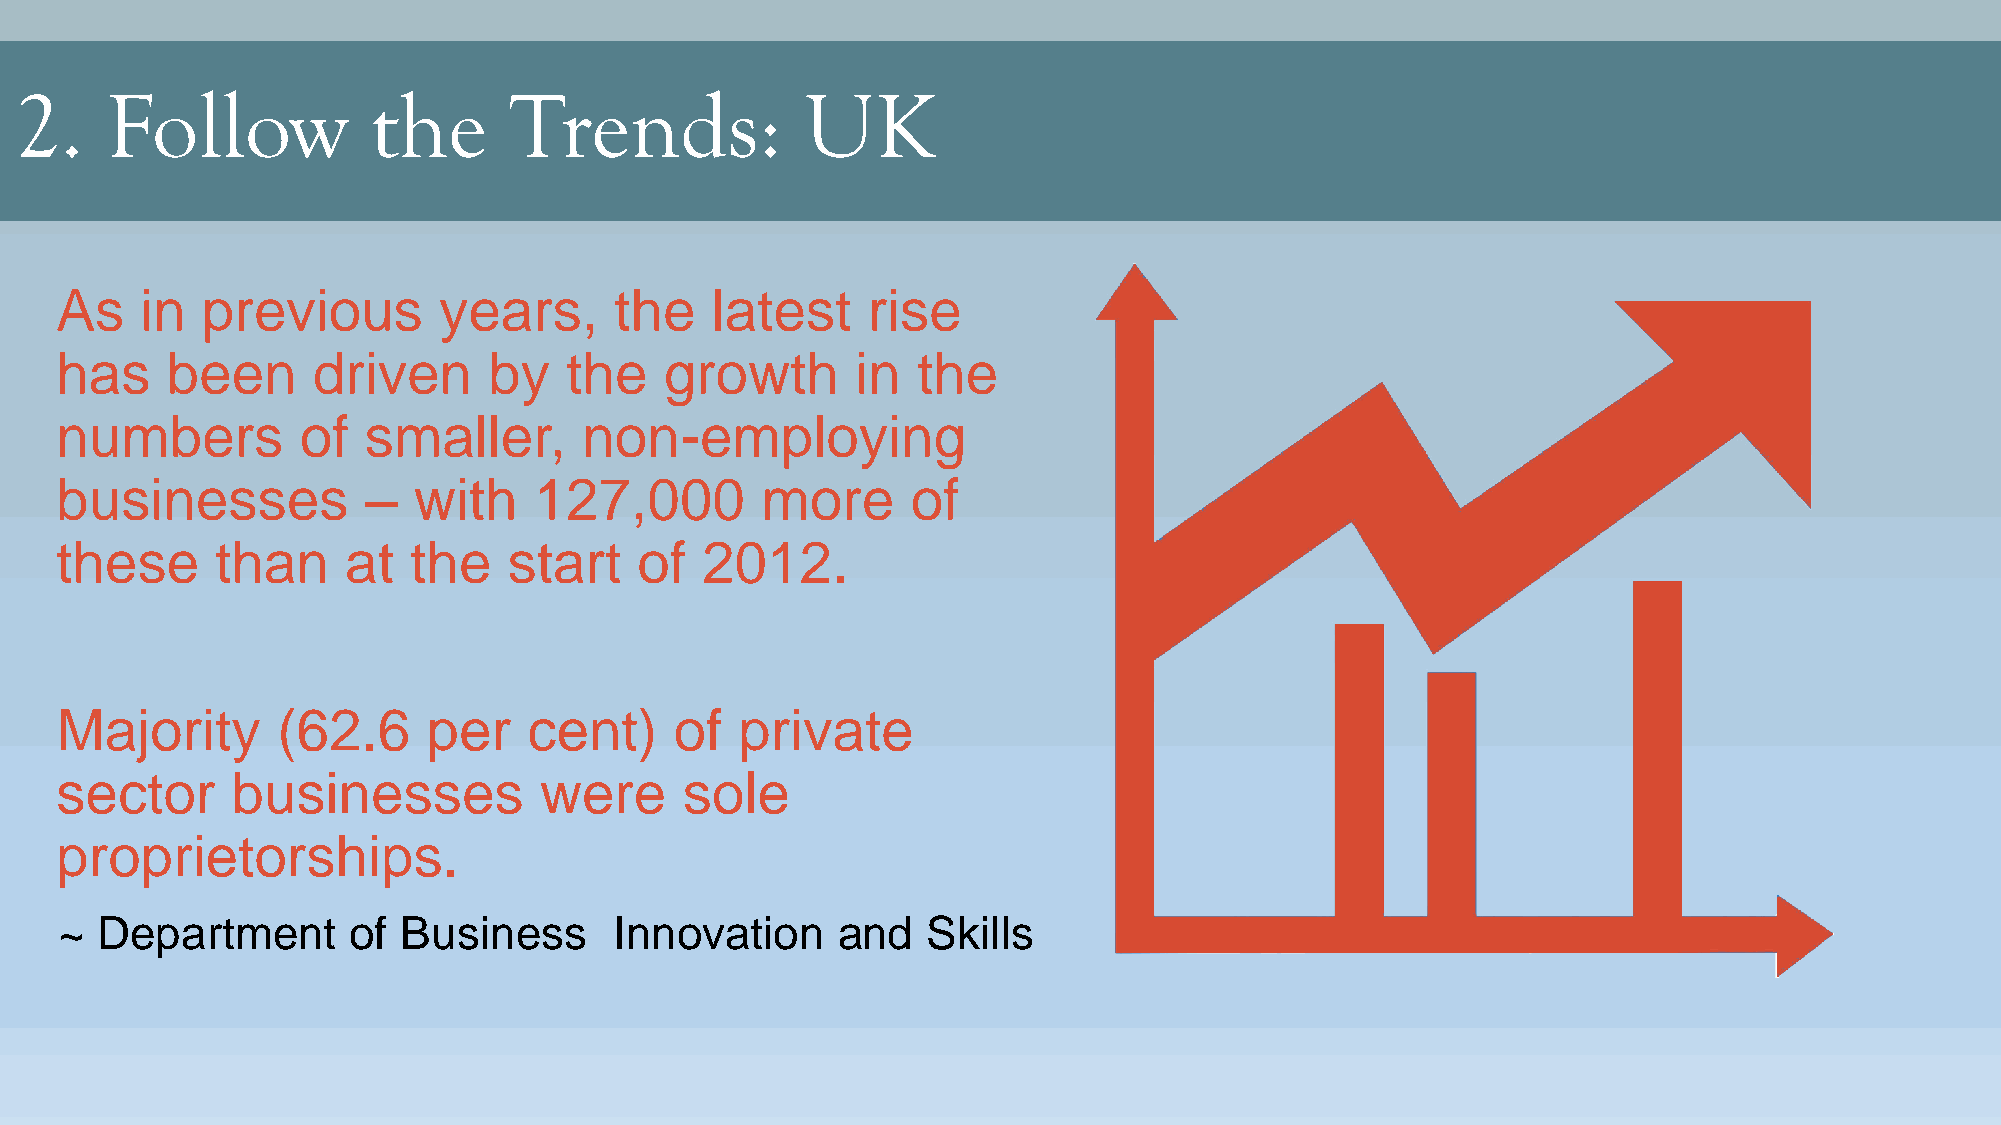
2.    Follow            the      Trends:            UK
 As   in  previous        years,      the   latest    rise
 has    been      driven     by   the    growth       in  the
 numbers         of  smaller,       non-employing
 businesses          –  with    127,000        more      of
 these     than     at  the    start   of  2012.
 Majority      (62.6     per    cent)     of  private
 sector     businesses           were     sole
 proprietorships.
 ~ Department       of  Business      Innovation    and   Skills